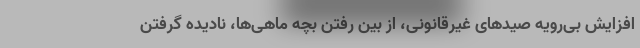
افزایش بی‌رویه صیدهای غیرقانونی، از بین رفتن بچه ماهی‌ها، نادیده گرفتن